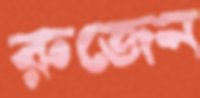
রুজেন